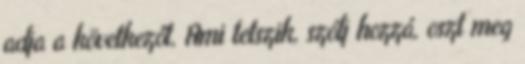
adja a következőt. Ami tetszik, szólj hozzá, oszt meg